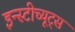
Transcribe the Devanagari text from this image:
इन्स्टीच्यूट्स